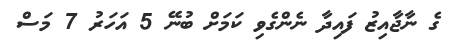
ގެ ނާޖާއިޒު ފައިދާ ނެންގެވި ކަމަށް ބުނޭ 5 އަހަރު 7 މަސް